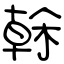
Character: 榦